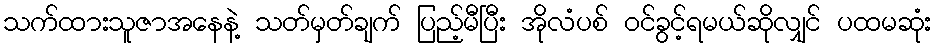
သက်ထားသူဇာအနေနဲ့ သတ်မှတ်ချက် ပြည့်မီပြီး အိုလံပစ် ဝင်ခွင့်ရမယ်ဆိုလျှင် ပထမဆုံး